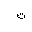
Letter: _ta